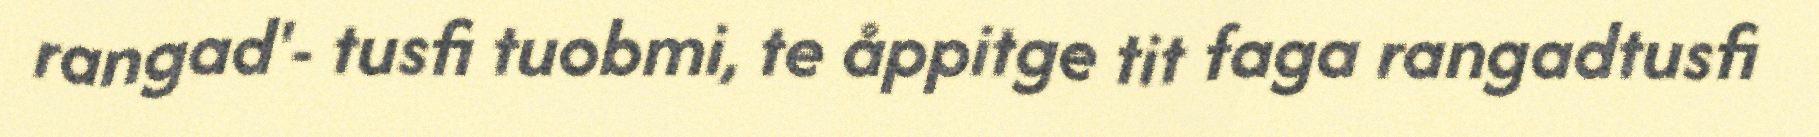
rangad'- tusfi tuobmi, te åppitge tit faga rangadtusfi